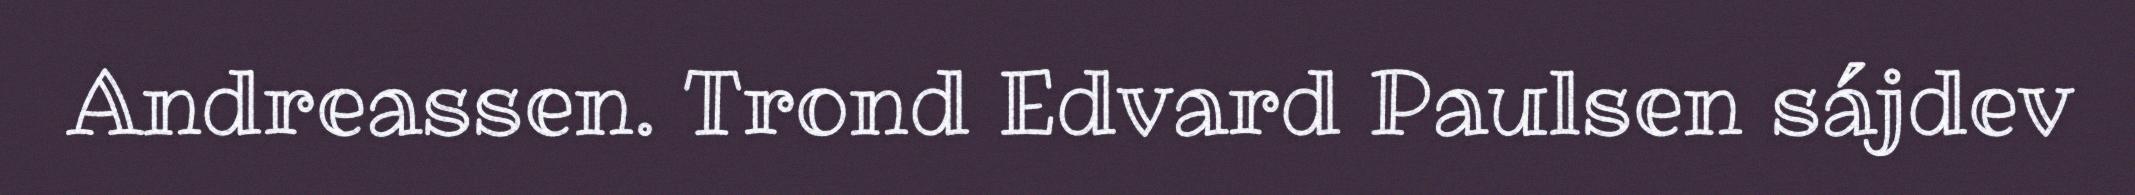
Andreassen. Trond Edvard Paulsen sájdev